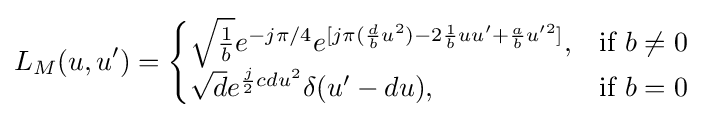
L_{M}(u,u')={\begin{cases}{\sqrt {\frac {1}{b}}}e^{-j\pi /4}e^{[j\pi ({\frac {d}{b}}u^{2})-2{\frac {1}{b}}uu'+{\frac {a}{b}}u'^{2}]},&{\mbox{if }}b\neq 0\\{\sqrt {d}}e^{{\frac {j}{2}}cdu^{2}}\delta (u'-du),&{\mbox{if }}b=0\end{cases}}